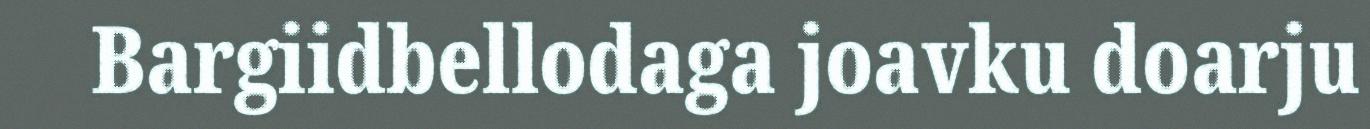
Bargiidbellodaga joavku doarju